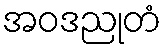
အဝဒညုတံ